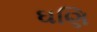
ઘણિ